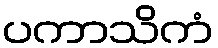
ပကာသိကံ